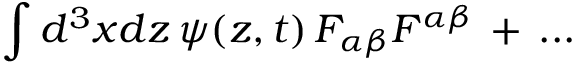
\int d ^ { 3 } x d z \, \psi ( z , t ) \, F _ { \alpha \beta } F ^ { \alpha \beta } \, + \, . . .